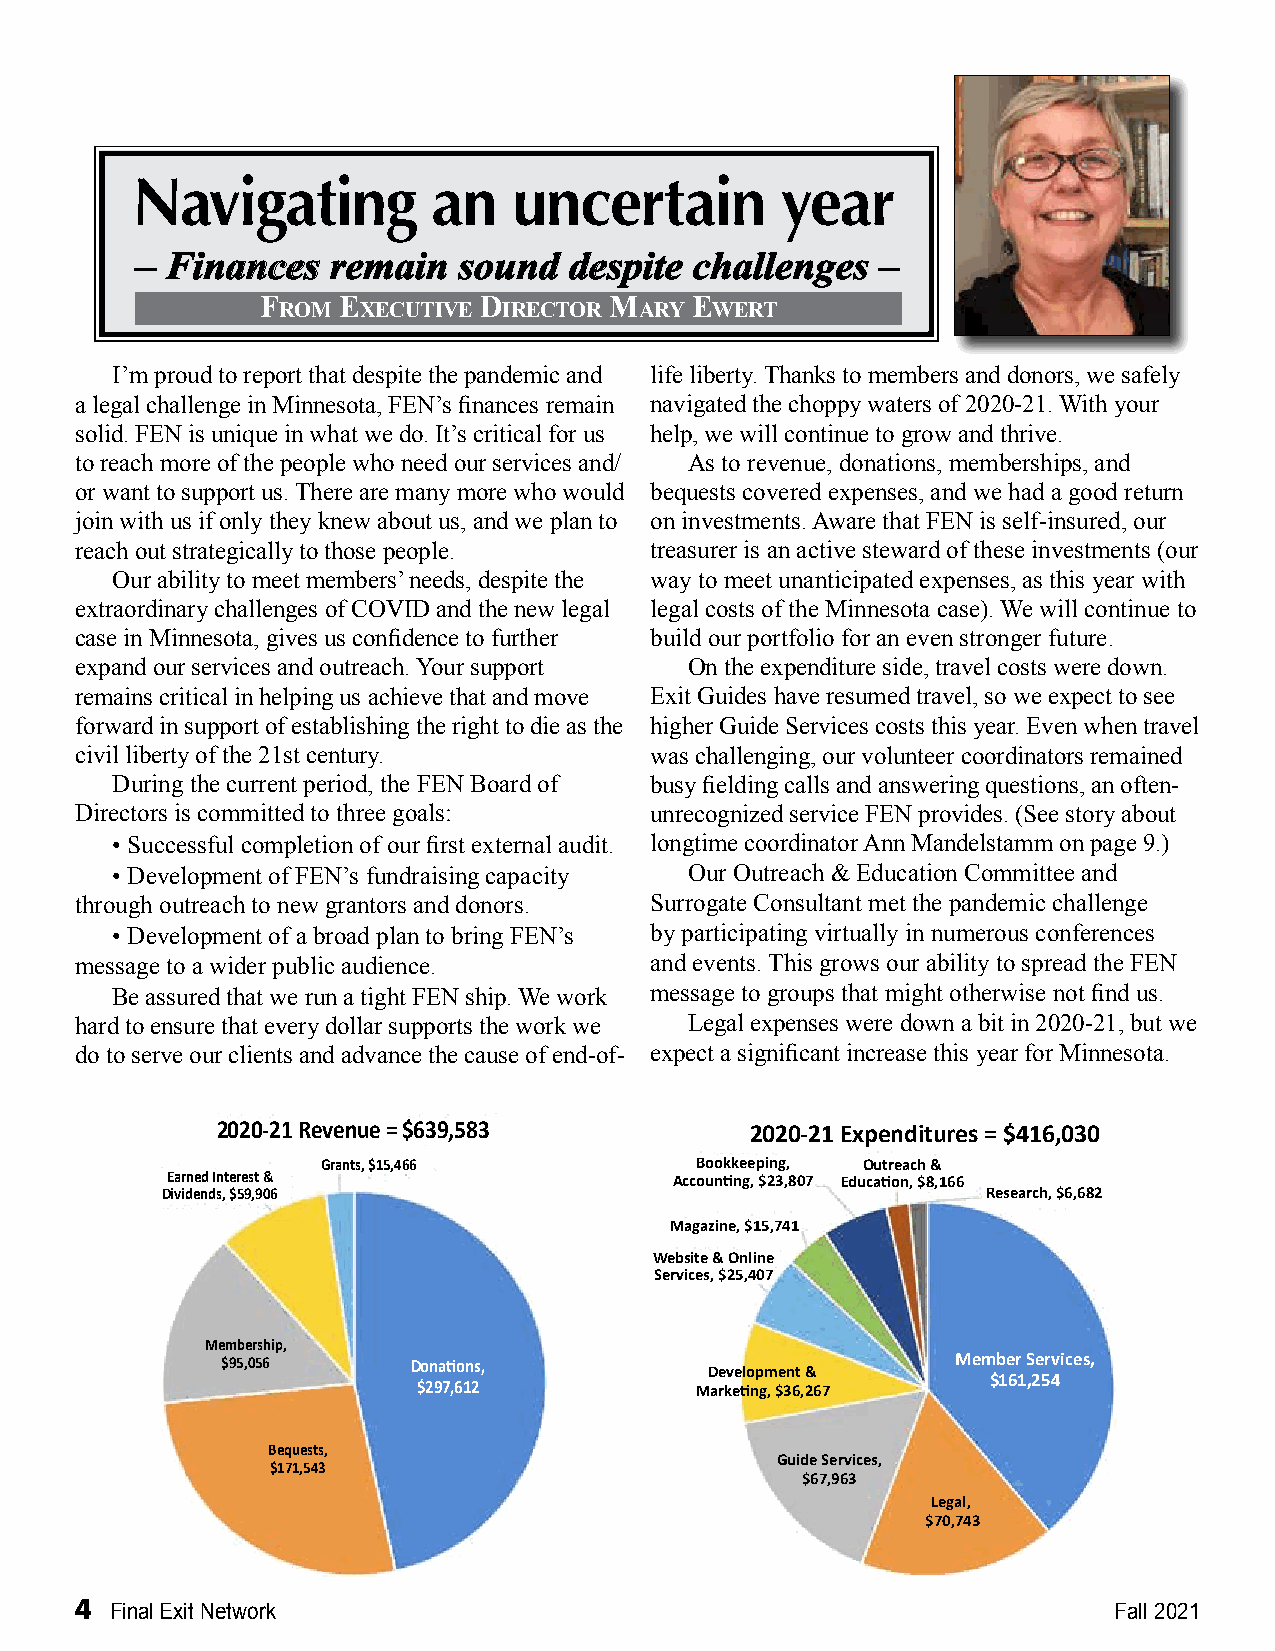
Navigating          an   uncertain         year
 –– FFiinnaanncceess rreemmaaiinn ssoouunndd ddeessppiittee cchhaalllleennggeess ––
 F    E         D       m     E
 rom   xEcutivE irEctor  ary  wErt
 I’m proud to report that despite the pandemic and life liberty. Thanks to members and donors, we safely
 a legal challenge in Minnesota, FEN’s finances remain navigated the choppy waters of 2020-21. With your
 solid. FEN is unique in what we do. It’s critical for us help, we will continue to grow and thrive.
 to reach more of the people who need our services and/ As to revenue, donations, memberships, and
 or want to support us. There are many more who would bequests covered expenses, and we had a good return
 join with us if only they knew about us, and we plan to on investments. Aware that FEN is self-insured, our
 reach out strategically to those people. treasurer is an active steward of these investments (our
 Our ability to meet members’ needs, despite the way to meet unanticipated expenses, as this year with
 extraordinary challenges of COVID and the new legal legal costs of the Minnesota case). We will continue to
 case in Minnesota, gives us confidence to further build our portfolio for an even stronger future.
 expand our services and outreach. Your support On the expenditure side, travel costs were down.
 remains critical in helping us achieve that and move Exit Guides have resumed travel, so we expect to see
 forward in support of establishing the right to die as the higher Guide Services costs this year. Even when travel
 civil liberty of the 21st century.    was challenging, our volunteer coordinators remained
 During the current period, the FEN Board of busy fielding calls and answering questions, an often-
 Directors is committed to three goals: unrecognized service FEN provides. (See story about
 • Successful completion of our first external audit. longtime coordinator Ann Mandelstamm on page 9.)
 • Development of FEN’s fundraising capacity Our Outreach & Education Committee and
 through outreach to new grantors and donors. Surrogate Consultant met the pandemic challenge
 • Development of a broad plan to bring FEN’s by participating virtually in numerous conferences
 message to a wider public audience.   and events. This grows our ability to spread the FEN
 Be assured that we run a tight FEN ship. We work message to groups that might otherwise not find us.
 hard to ensure that every dollar supports the work we Legal expenses were down a bit in 2020-21, but we
 do to serve our clients and advance the cause of end-of- expect a significant increase this year for Minnesota.
 2020-21 Revenue = $639,583          2020-21 Expenditures = $416,030
 Grants, $15,466          Bookkeeping, Outreach &
 Earned Interest &                 Accounting, $23,807 Education, $8,166
 Dividends, $59,906                                    Research, $6,682
 Magazine, $15,741
 Website & Online
 Services, $25,407
 Membership,
 $95,056     Donations,          Development &   Member Services,
 $161,254
 $297,612          Marketing, $36,267
 Bequests,
 Guide Services,
 $171,543
 $67,963
 Legal,
 $70,743
 4 Final Exit Network                                                 Fall 2021